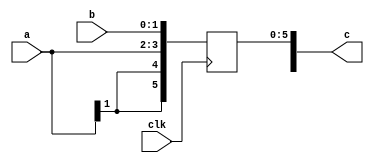
module signed_ext_concat(
	input clk, 
	input [1:0] a, 
	input [1:0] b, 
	output reg [7:0] c);

	always @(posedge clk) begin
		c[5:0] <= $signed({a, b});
	end
endmodule